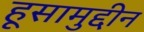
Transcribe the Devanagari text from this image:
हूसामुद्दीन